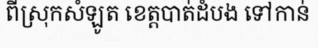
ពីស្រុកសំឡូត ខេត្តបាត់ដំបង ទៅកាន់